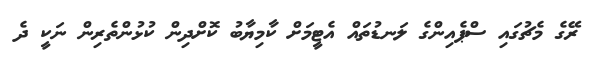
ރޭގެ މެޗުގައި ސްޕެއިންގެ ލަނޑުތައް އެޓީމަށް ކާމިޔާބު ކޮށްދިން ކުޅުންތެރިން ނަކީ ދެ